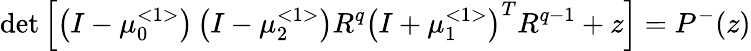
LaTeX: \operatorname*{det}\left[\left(I-\mu_{0}^{<1>}\right)\left(I-\mu_{2}^{<1>}\right)R^{q}\left(I+\mu_{1}^{<1>}\right)^{T}R^{q-1}+z\right]=P^{-}(z)